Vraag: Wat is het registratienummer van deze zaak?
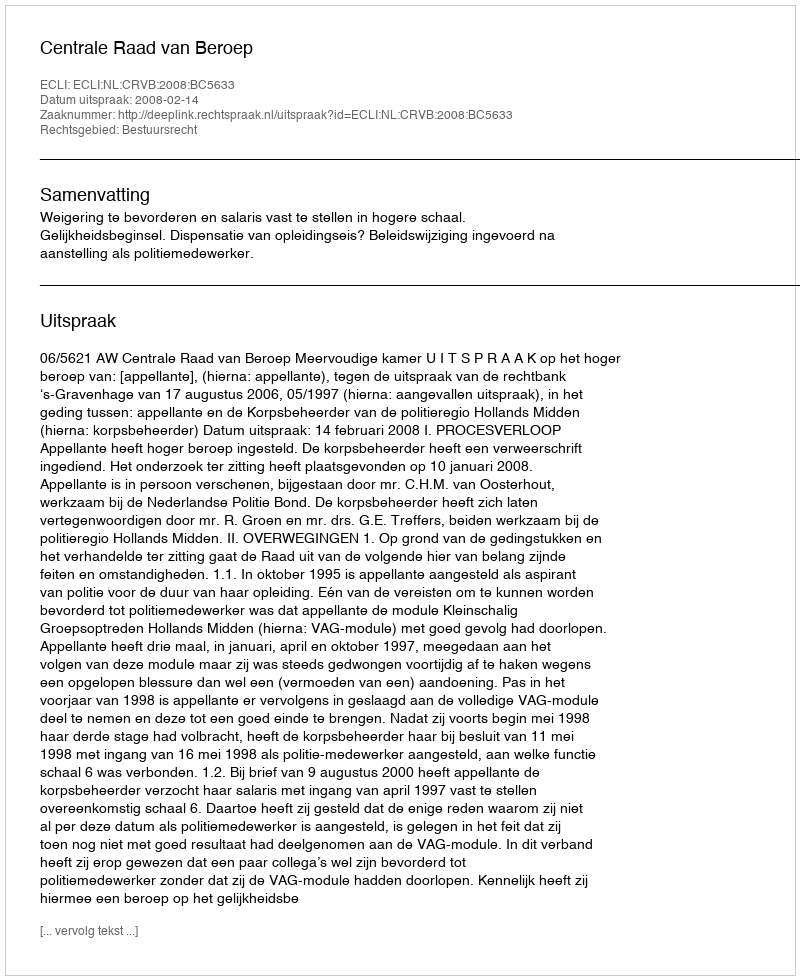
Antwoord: http://deeplink.rechtspraak.nl/uitspraak?id=ECLI:NL:CRVB:2008:BC5633